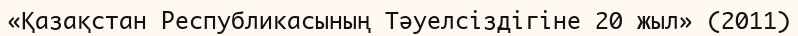
«Қазақстан Республикасының Тәуелсіздігіне 20 жыл» (2011)